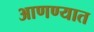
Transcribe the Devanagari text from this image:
आणण्यात